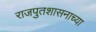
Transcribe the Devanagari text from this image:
राजपुतशासनाच्या